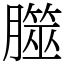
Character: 㭀